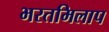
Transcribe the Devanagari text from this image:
भरतमिलाप